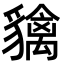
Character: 𧴐